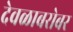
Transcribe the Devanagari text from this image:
देवळाबरोबर